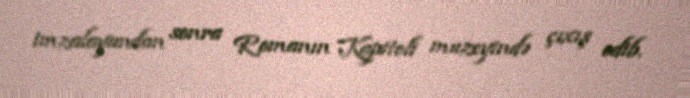
imzalayandan sonra Romanın Kapitoli muzeyində çıxış edib.